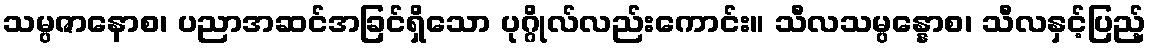
သမ္ပဇာနောစ၊ ပညာအဆင်အခြင်ရှိသော ပုဂ္ဂိုလ်လည်းကောင်း။ သီလသမ္ပန္နောစ၊ သီလနှင့်ပြည့်